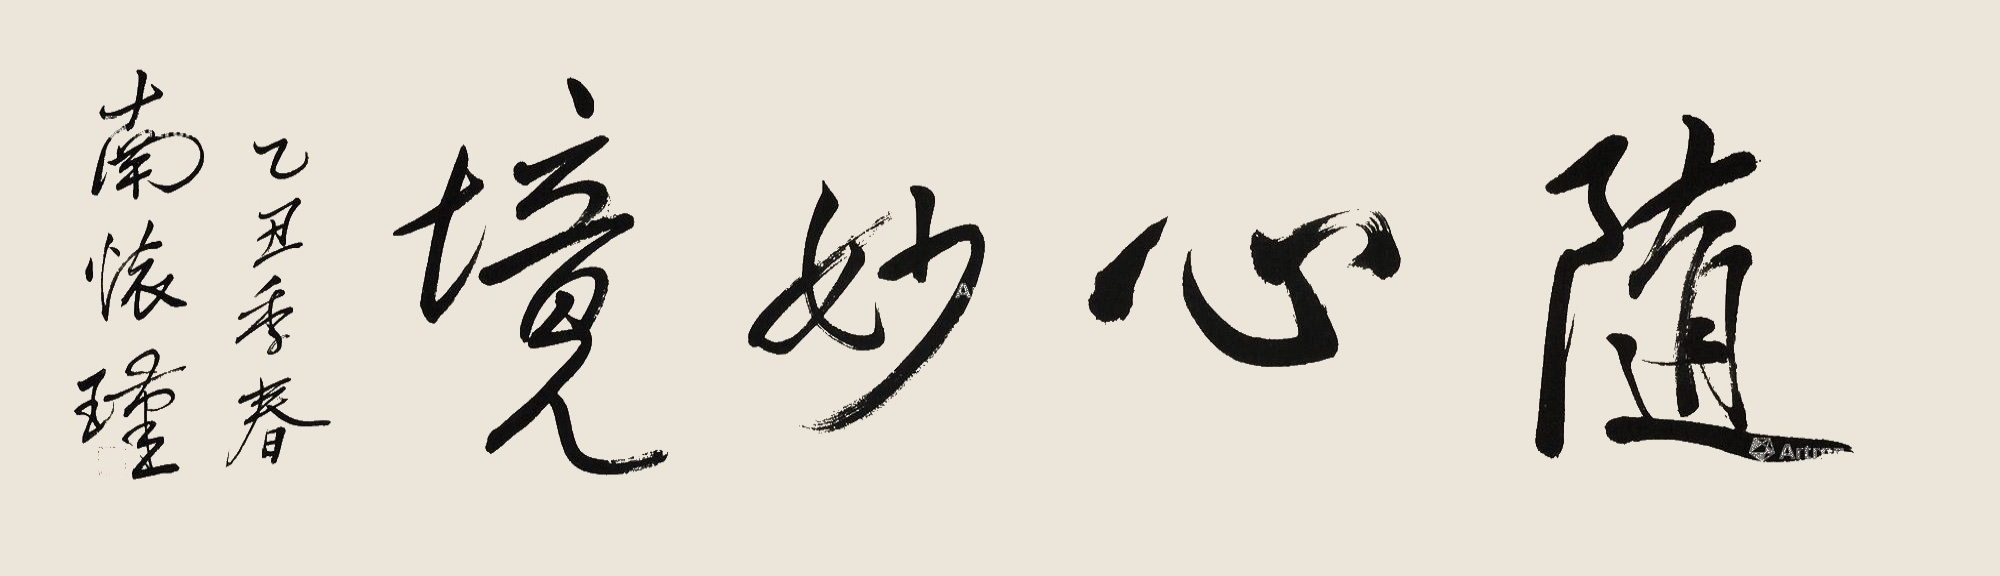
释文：随心妙镜。乙丑季春，南怀瑾。